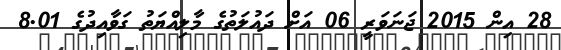
28 އިން 2015 ޖަނަވަރީ 06 އަށް ދައުލަތުގެ މާލިއްޔަތު ގަވާއިދުގެ 8.01